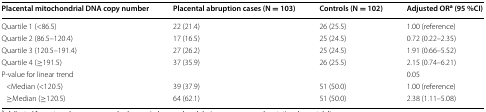
| Placental mitochondrial DNA copy number | Placental abruption cases (N = 103) | Controls (N = 102) | Adjusted ORa (95 %CI) |
 | --- | --- | --- | --- |
 | Quartile 1 (<86.5) | 22 (21.4) | 26 (25.5) | 1.00 (reference) |
 | Quartile 2 (86.5–120.4) | 17 (16.5) | 25 (24.5) | 0.72 (0.22–2.35) |
 | Quartile 3 (120.5–191.4) | 27 (26.2) | 25 (24.5) | 1.91 (0.66–5.52) |
 | Quartile 4 (≥191.5) | 37 (35.9) | 26 (25.5) | 2.15 (0.74–6.21) |
 | P-value for linear trend |  |  | 0.05 |
 | <Median (<120.5) | 39 (37.9) | 51 (50.0) | 1.00 (reference) |
 | ≥Median (≥120.5) | 64 (62.1) | 51 (50.0) | 2.38 (1.11–5.08) |